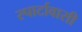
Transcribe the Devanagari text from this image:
स्पार्टावासी